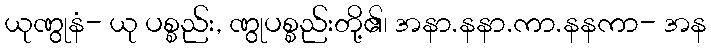
ယုဏွုနံ- ယု ပစ္စည်း, ဏွုပစ္စည်းတို့၏၊ အနာ.နနာ.ကာ.နနကာ- အန